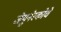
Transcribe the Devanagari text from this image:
जेयुनेस्कोचे